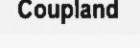
Coupland